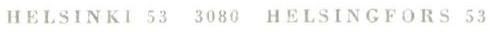
HELSINKI 53 3080  HELSINGFORS 53